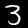
Label: 3